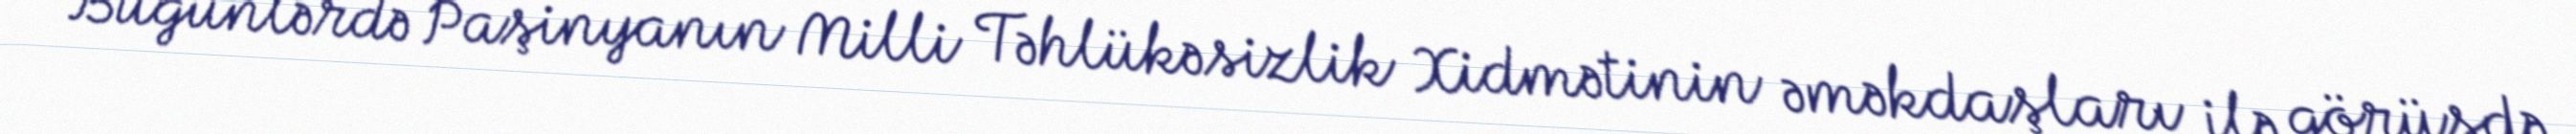
Bugünlərdə Paşinyanın Milli Təhlükəsizlik Xidmətinin əməkdaşları ilə görüşdə